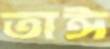
তাঈ